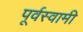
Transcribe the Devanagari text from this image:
पूर्वस्वामी